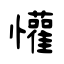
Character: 懽